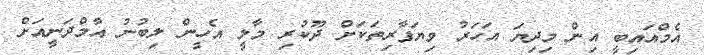
އެމްއައިބީ އިން މިދިޔަ އަހަރު ވިޔަފާރިތަކަށް ދޫކުރި މާލީ އެހީން ލިބުނު އާމްދަނީއަށް